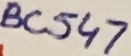
Text: BC547